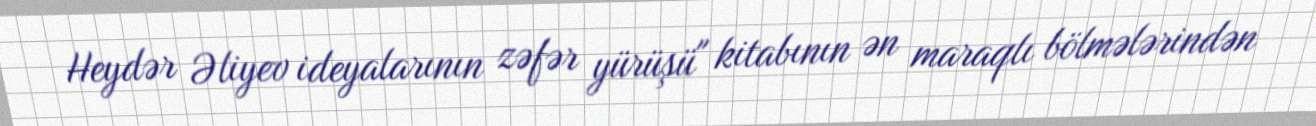
Heydər Əliyev ideyalarının zəfər yürüşü" kitabının ən maraqlı bölmələrindən